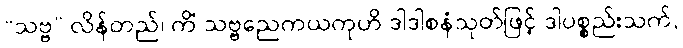
“သဗ္ဗ” လိန်တည်၊ ကိံ သဗ္ဗညေကယကုဟိ ဒါဒါစနံသုတ်ဖြင့် ဒါပစ္စည်းသက်,